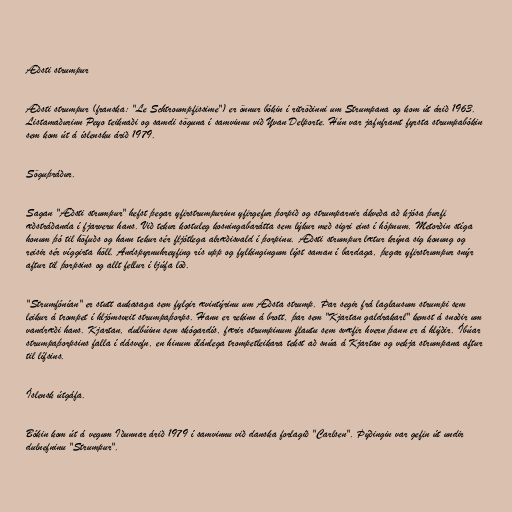
Æðsti strumpur

Æðsti strumpur (franska: "Le Schtroumpfissime") er önnur bókin í ritröðinni um Strumpana og kom út árið 1963.
Listamaðurinn Peyo teiknaði og samdi söguna í samvinnu við Yvan Delporte. Hún var jafnframt fyrsta strumpabókin
sem kom út á íslensku árið 1979.

Söguþráður.

Sagan "Æðsti strumpur" hefst þegar yfirstrumpurinn yfirgefur þorpið og strumparnir ákveða að kjósa þurfi
æðstráðanda í fjarveru hans. Við tekur kostuleg kosningabarátta sem lýkur með sigri eins í hópnum. Metorðin stíga
honum þó til höfuðs og hann tekur sér fljótlega alræðisvald í þorpinu. Æðsti strumpur lætur krýna sig konung og
reisir sér víggirta höll. Andspyrnuhreyfing rís upp og fylkingingum lýst saman í bardaga, þegar yfirstrumpur snýr
aftur til þorpsins og allt fellur í ljúfa löð.

"Strumfónían" er stutt aukasaga sem fylgir ævintýrinu um Æðsta strump. Þar segir frá laglausum strumpi sem
leikur á trompet í hljómsveit strumpaþorps. Hann er rekinn á brott, þar sem "Kjartan galdrakarl" kemst á snoðir um
vandræði hans. Kjartan, dulbúinn sem skógardís, færir strumpinum flautu sem svæfir hvern þann er á hlýðir. Íbúar
strumpaþorpsins falla í dásvefn, en hinum ólánlega trompetleikara tekst að snúa á Kjartan og vekja strumpana aftur
til lífsins.

Íslensk útgáfa.

Bókin kom út á vegum Iðunnar árið 1979 í samvinnu við danska forlagið "Carlsen". Þýðingin var gefin út undir
dulnefninu "Strumpur".